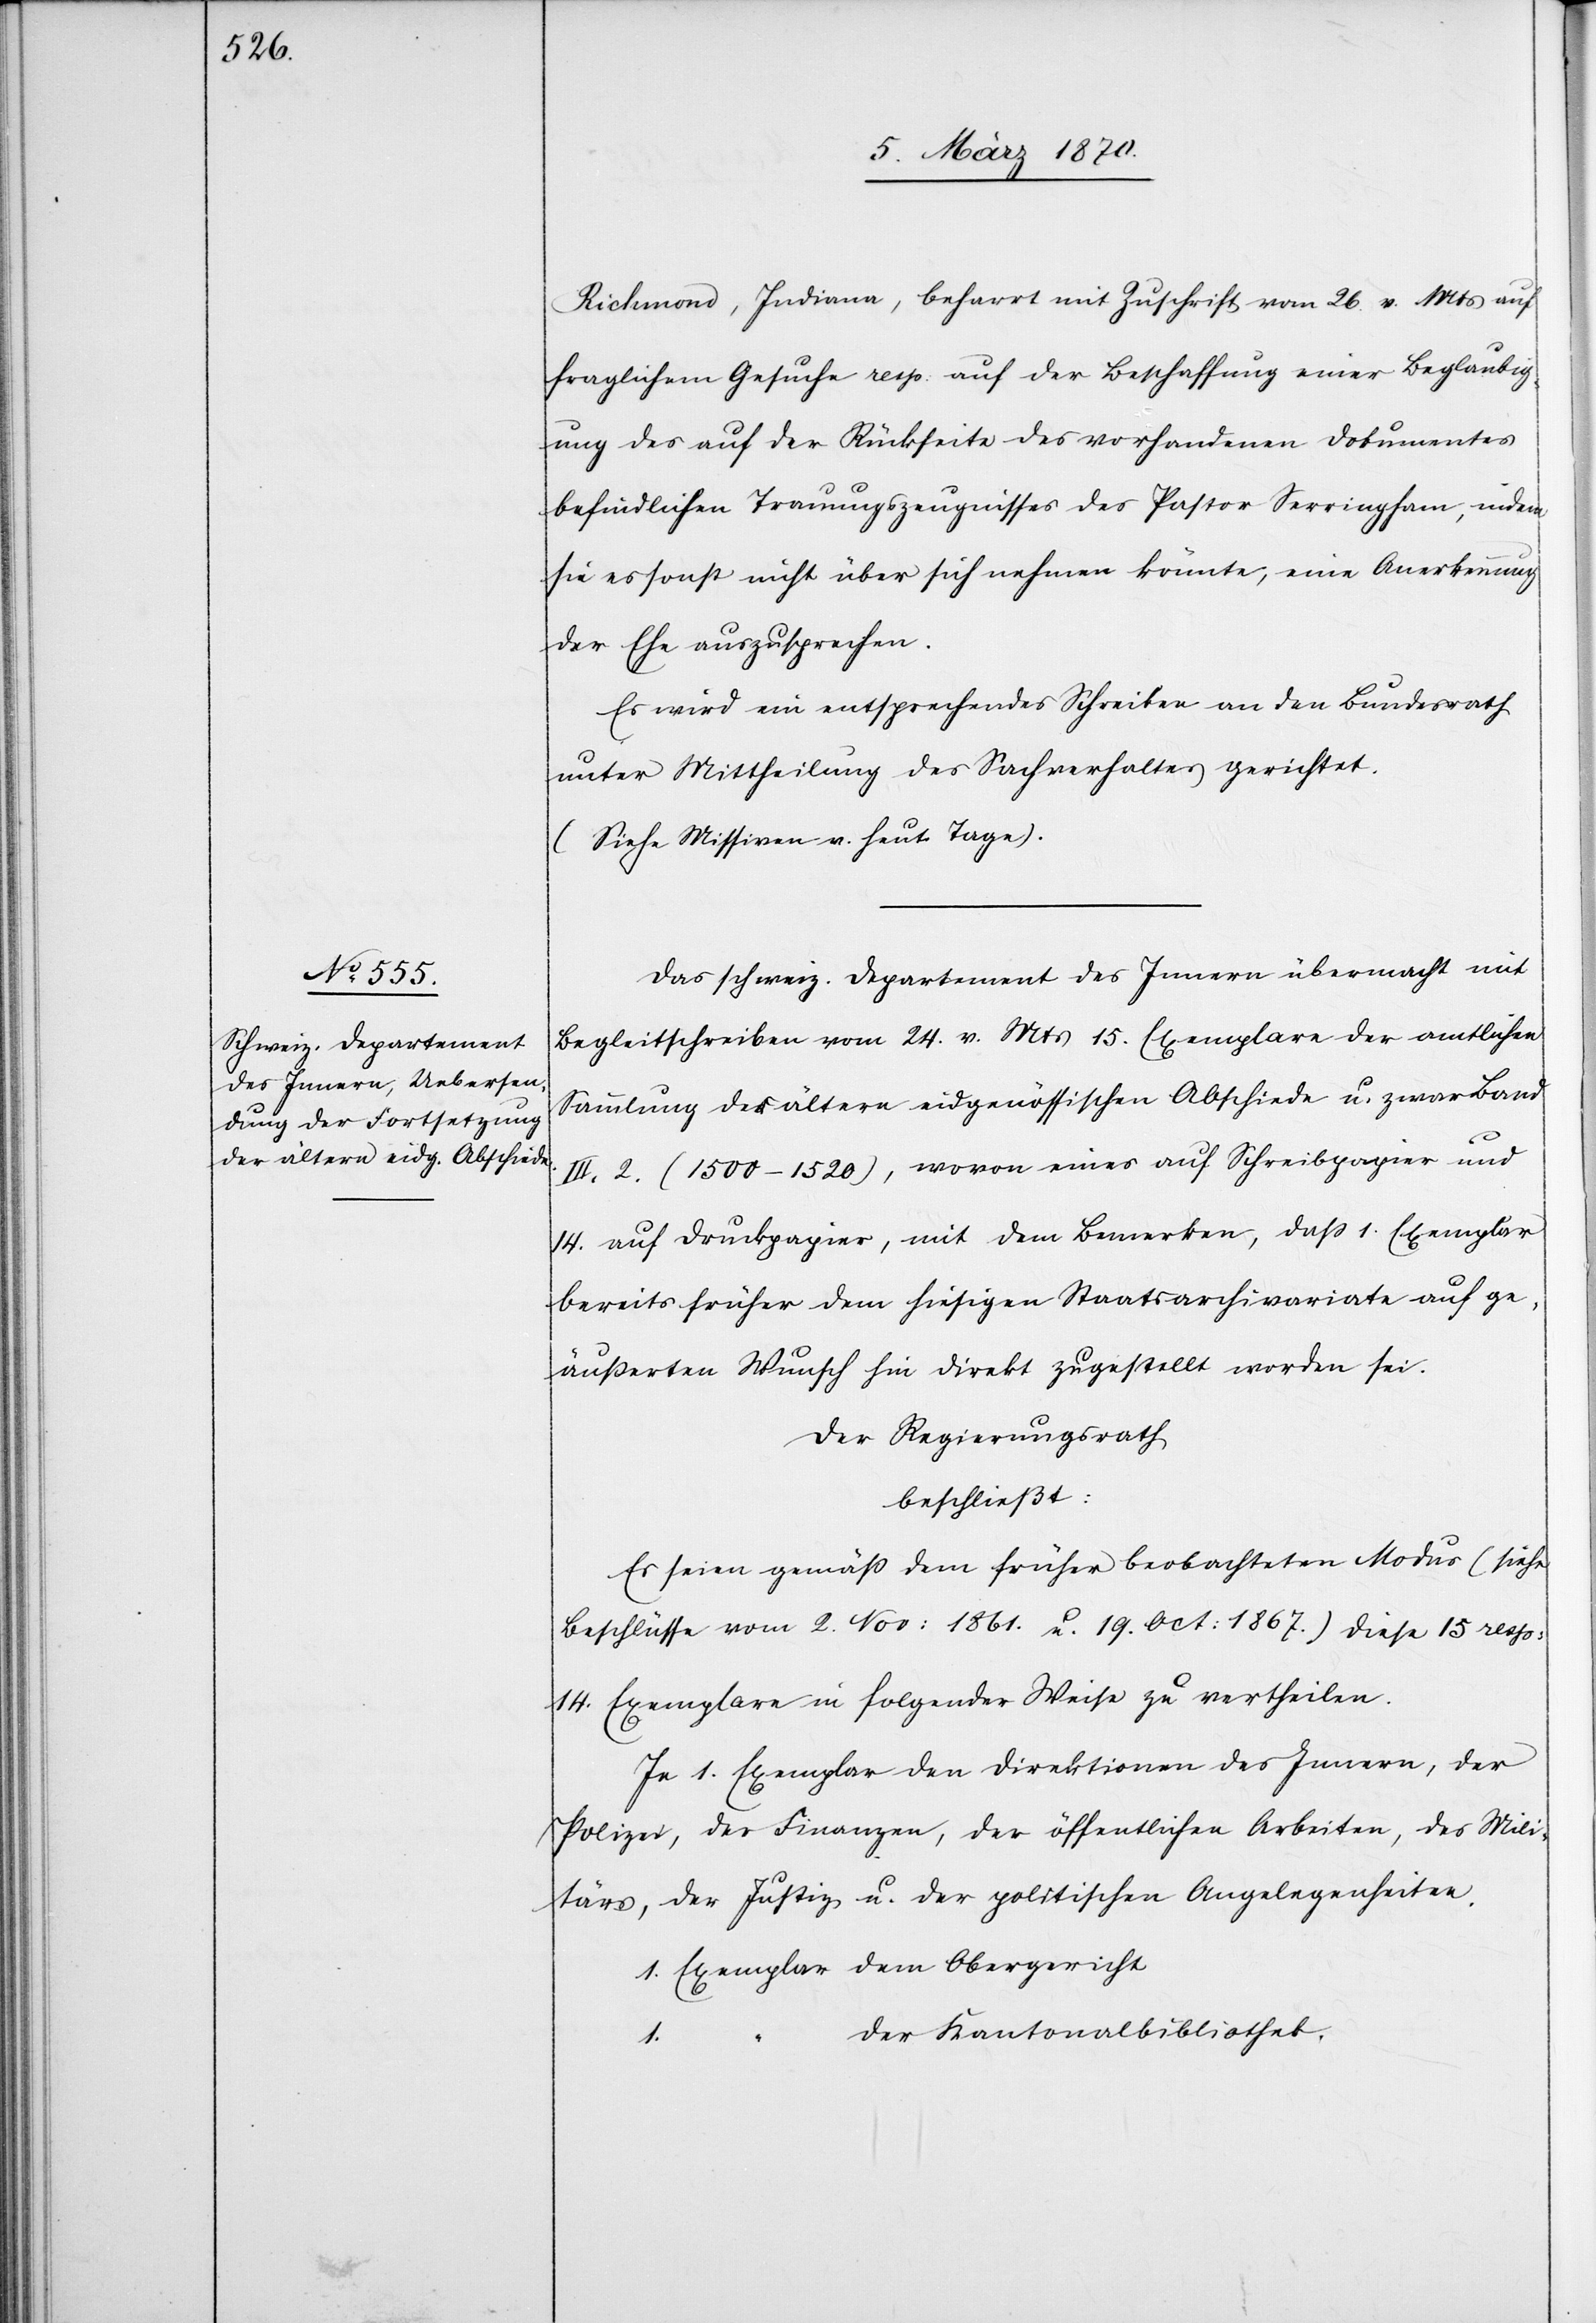
Richmond, Indiana, beharrt mit Zuschrift vom 26. v. Mts auf
fraglichem Gesuche resp. auf der Beschaffung einer Beglaubig¬
ung des auf der Rückseite des vorhandenen Dokumentes
befindlichen Trauungszeugnisses des Pastor Serringham, indem
sie es sonst nicht über sich nehmen könnte, eine Anerkennung
der Ehe auszusprechen.
Es wird ein entsprechendes Schreiben an den Bundesrath
unter Mittheilung des Sachverhaltes gerichtet.
(Siehe Missiven v. heutigen Tage).
Das schweiz. Departement des Innern übermacht mit
Begleitschreiben vom 24. v. Mts 15. Exemplare der amtlichen
Sammlung der ältern eidgenössischen Abschiede u. zwar Band
III. 2. (1500–1520), wovon eines auf Schreibpapier und
14. auf Druckpapier, mit dem Bemerken, daß 1. Exemplar
bereits früher dem hiesigen Staatsarchivariate auf ge¬
äußerten Wunsch hin direkt zugestellt worden sei.
Der Regierungsrath
beschließt:
Es seien gemäß dem früher beobachteten Modus (siehe
Beschlüsse vom 2. Nov: 1861. u. 19. Oct: 1867.) diese 15 resp:
14. Exemplare in folgender Weise zu vertheilen.
Je 1. Exemplar den Direktionen des Innern, der
Polizei, der Finanzen, der öffentlichen Arbeiten, des Mili¬
tärs, der Justiz u. der politischen Angelegenheiten.
1. Exemplar dem Obergericht
der Kantonsbibliothek,
1.